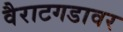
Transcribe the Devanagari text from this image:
वैराटगडावर